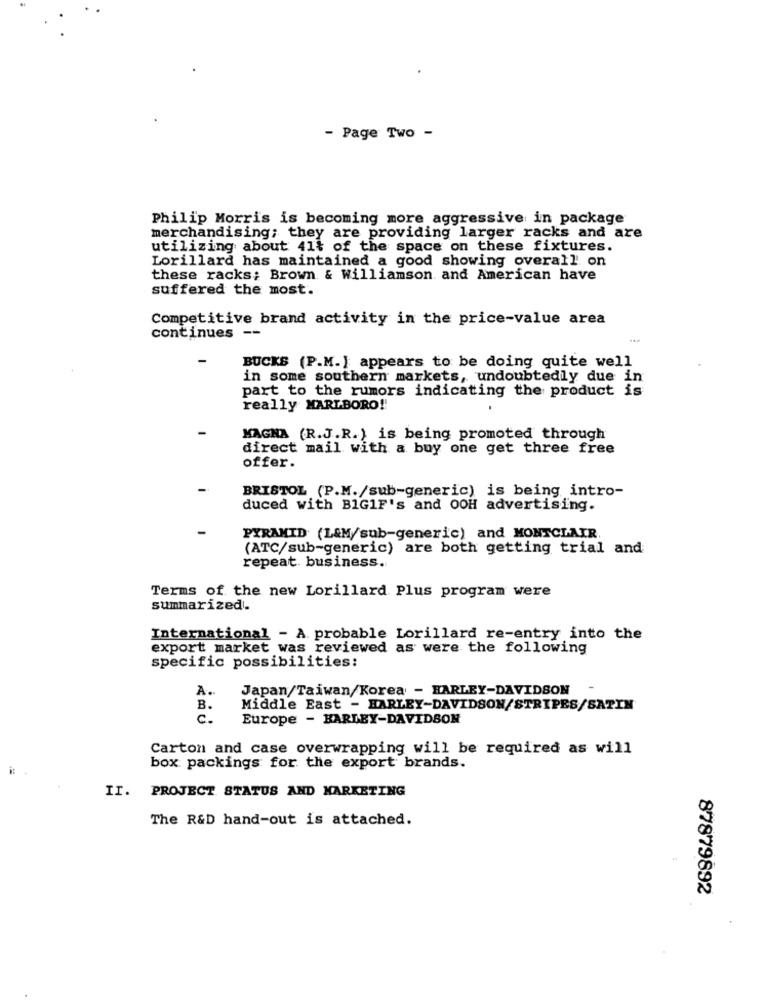
- Page Two -
Philip Morris is becoming more aggressive in package
merchandising; they are providing larger racks and are
utilizing about 41% of the space on these fixtures.
Lorillard has maintained a good showing overall on
these racks; Brown & Williamson and American have
suffered the most.
Competitive brand activity in the price-value area
continues --
BUCKS (P.M.} appears to be doing quite well
in some southern markets, undoubtedly due in
part to the rumors indicating the product is
really MARLBORO !!
MAGHA (R.J.R.) is being promoted through
direct mail with a buy one get three free
offer.
BRISTOL (P.M./sub-generic) is being intro-
duced with BIG1F's and OOH advertising.
PYRAMID (L&M/sub-generic) and MONTCLAIR.
(ATC/sub-generic) are both getting trial and
repeat business.
Terms of the new Lorillard Plus program were
summarized-
International - A probable Lorillard re-entry into the
export market was reviewed as were the following
specific possibilities:
A.
Japan/Taiwan/Korea - HARLEY-DAVIDSON
B.
Middle East - HARLEY-DAVIDSON/STRIPES/SATIN
c.
Europe - HARLEY-DAVIDSON
Carton and case overwrapping will be required as will
box packings for the export brands.
II. PROJECT STATUS AND MARKETING
The R&D hand-out is attached.
87879892